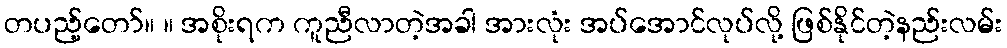
တပည့်တော်။ ။ အစိုးရက ကူညီလာတဲ့အခါ အားလုံး အပ်အောင်လုပ်လို့ ဖြစ်နိုင်တဲ့နည်းလမ်း